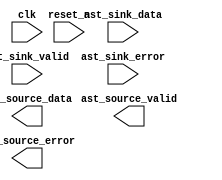

module FIR (
	clk,
	reset_n,
	ast_sink_data,
	ast_sink_valid,
	ast_sink_error,
	ast_source_data,
	ast_source_valid,
	ast_source_error);	

	input		clk;
	input		reset_n;
	input	[23:0]	ast_sink_data;
	input		ast_sink_valid;
	input	[1:0]	ast_sink_error;
	output	[34:0]	ast_source_data;
	output		ast_source_valid;
	output	[1:0]	ast_source_error;
endmodule